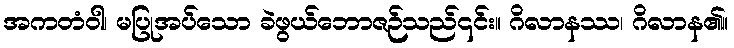
အကတံဝါ၊ မပြုအပ်သော ခဲဖွယ်ဘောဇဉ်သည်၎င်း။ ဂိလာနဿ၊ ဂိလာန၏။